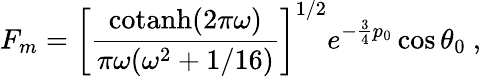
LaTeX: F_{m}=\left[{\frac{\mathrm{cotanh}(2\pi\omega)}{\pi\omega(\omega^{2}+1/16)}}\right]^{1/2}e^{-{\frac{3}{4}}p_{0}}\cos\theta_{0}\ ,